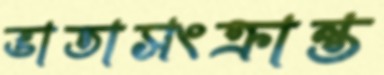
ভাতাসংক্রান্ত